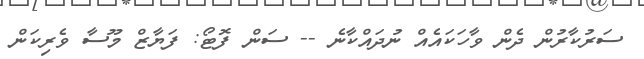
ސަރުކާރުން ދެން ވާހަކައެއް ނުދައްކާނެ -- ސަން ފޮޓޯ: ފަޔާޒް މޫސާ ވެރިކަން